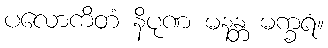
ပလောကိတံ နိပုဏ မနန္တ မက္ခရံ။